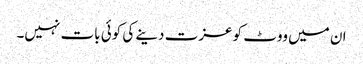
ان میں ووٹ کو عزت دینے کی کوئی بات نہیں۔